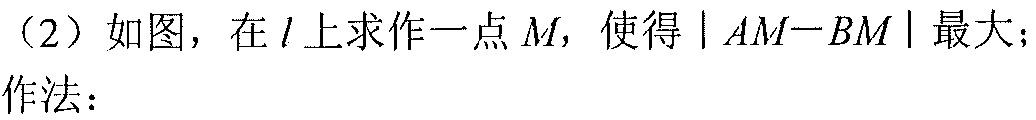
（2）如图，在\(l\)上求作一点\(M\)，使得\(\vert AM - BM\vert\)最大；
作法：